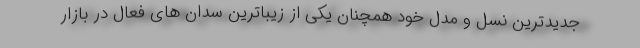
جدیدترین نسل و مدل خود همچنان یکی از زیباترین سدان های فعال در بازار